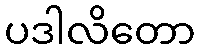
ပဒါလိတော